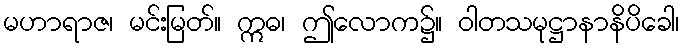
မဟာရာဇ၊ မင်းမြတ်။ ဣဓ၊ ဤလောက၌။ ဝါတသမုဋ္ဌာနာနိပိခေါ၊